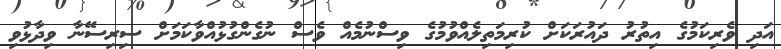
އަދި ވެރިކަމުގެ އިތުރު ދައުރަކަށް ކުރިމަތިލެއްވުމުގެ ވިސްނުމެއް ވެސް ނުގެންގުޅުއްވާކަމަށް ސިރިސޭނާ ވިދާޅުވި